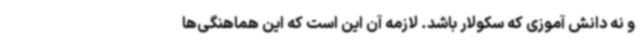
و نه دانش آموزی که سکولار باشد. لازمه آن این است که این هماهنگی‌ها